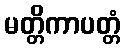
မတ္တိကာပတ္တံ